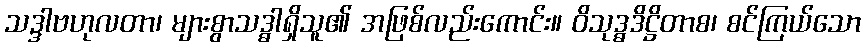
သဒ္ဒာဗဟုလတာ၊ များစွာသဒ္ဓါရှိသူ၏ အဖြစ်လည်းကောင်း။ ဝိသုဒ္ဓဒိဋ္ဌိတာစ၊ စင်ကြယ်သော